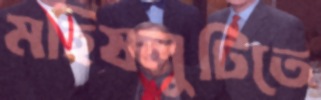
মহিষলুটিতে